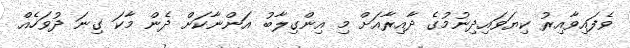
ވެފައިވާއިރު ކިޔަވައިދިނުމުގެ ދާއިރާއަށް މި އިންގިލާބު އަންނާކަށް ދެން މާކަ ގިނަ ދުވަހެއް